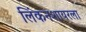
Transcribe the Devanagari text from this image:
लिंकनशायरला